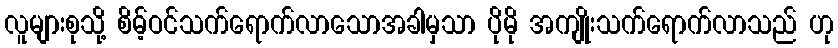
လူများစုသို့ စိမ့်ဝင်သက်ရောက်လာသောအခါမှသာ ပိုမို အကျိုးသက်ရောက်လာသည် ဟု